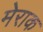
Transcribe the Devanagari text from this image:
मेराक